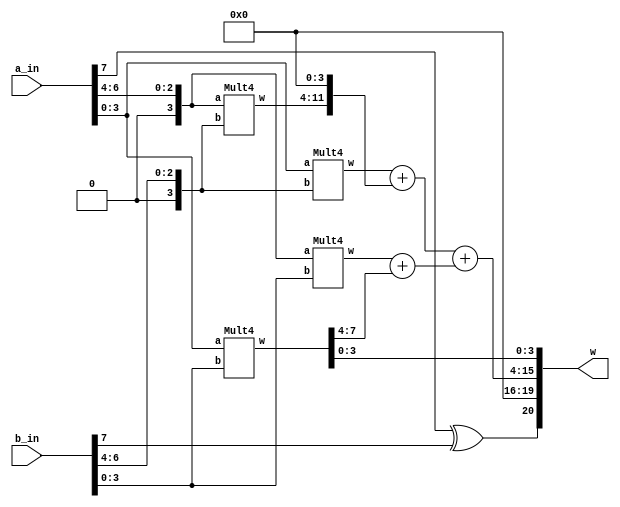
`timescale 1ns/1ns

module Mult8_2(input signed [7:0]a_in ,b_in , output [20:0]w);

    wire [7:0] m1, m2, m3, m4;
    wire [11:0] a1, a2, w1;
	wire sign;
	xor(sign, a_in[7], b_in[7]);
	 
	wire [7:0] a = {1'b0,a_in[6:0]};
	wire [7:0] b = {1'b0,b_in[6:0]};
	 
    Mult4 mult4_1(a[7:4], b[7:4], m1);
    Mult4 mult4_2(a[3:0], b[7:4], m2);
    Mult4 mult4_3(a[7:4], b[3:0], m3);
    Mult4 mult4_4(a[3:0], b[3:0], m4);
	
	assign a1 = {4'b0,m2}+{m1,4'b0};
	assign a2 = {4'b0,m3}+{8'b0,m4[7:4]};
	assign w1 = a1 + a2;
	assign w = {sign,4'b0,w1,m4[3:0]};

endmodule

`timescale 1ns/1ns

module Mult4(input signed [3:0]a ,b , output [7:0]w);

    wire [3:0] m1, m2, m3, m4;
    wire [5:0] a1, a2, w1;
	 
    Mult2 mult2_1(a[3:2], b[3:2], m4);
    Mult2 mult2_2(a[1:0], b[3:2], m3);
    Mult2 mult2_3(a[3:2], b[1:0], m2);
    Mult2 mult2_4(a[1:0], b[1:0], m1);

   assign a1 = {2'b00,m3} + {m4,2'b00};
	assign a2 = {2'b00,m2} + {4'b0,m1[3:2]};
	assign w1 = a1 + a2;
   assign w = {w1, m1[1:0]};
    
endmodule

`timescale 1ns/1ns

module Mult2(input signed [1:0]a ,b , output [3:0]w);
  
    wire a0, a1, b0, b1, i, j, k, l, m, n;
  
    and and1(w[0],a[0],b[0]);

    not inv1(a0, a[0]);
    not inv2(a1, a[1]);
    not inv3(b0, b[0]);
    not inv4(b1, b[1]); 

    and and2(i, a[1], b1, b[0]);
    and and3(j, a1, a[0], b[1]);
    and and4(k, a[0], b[1], b0);
    and and5(l, a[1], a0, b[0]);
    or or1(w[1], i, j, k, l);

    and and6(m ,a[1], a0, b[1]);
    and and7(n, a[1], b[1], b0);

    or or2(w[2], m, n);

    and and8(w[3], a[0], a[1], b[0], b[1]);
  
endmodule